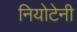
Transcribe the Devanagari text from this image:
नियोटेनी